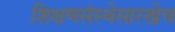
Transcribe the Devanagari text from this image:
शिक्षणसंस्थेसारखेच